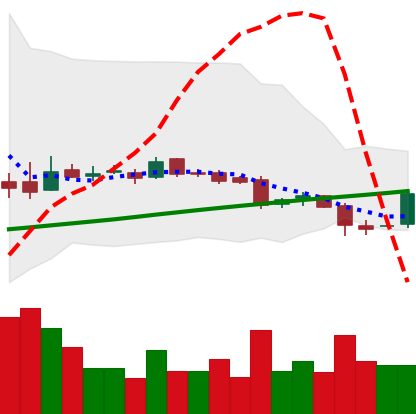
Ticker: LTC-USD
Chart end date: 2016-07-29
Forward return: -8.785%
Label: down_7plus